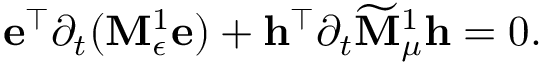
\mathbf { e } ^ { \top } \partial _ { t } ( \mathbf { M } _ { \epsilon } ^ { 1 } \mathbf { e } ) + \mathbf { h } ^ { \top } \partial _ { t } \widetilde { \mathbf { M } } _ { \mu } ^ { 1 } \mathbf { h } = 0 .